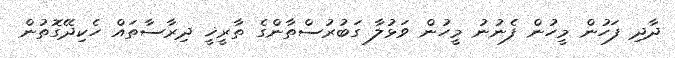
ދާދި ފަހުން މީހުން ފެނުނު މީހުން ވަޅުލާ ގަބުރުސްތާންގެ ތާރީޚީ ދިރާސާތައް ހެކިދޭގޮތުން